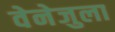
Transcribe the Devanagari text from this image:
वेनेजुला